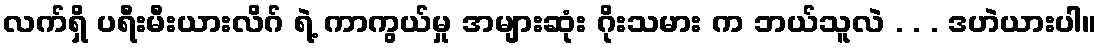
လက်ရှိ ပရီးမီးယားလိဂ် ရဲ့ ကာကွယ်မှု အများဆုံး ဂိုးသမား က ဘယ်သူလဲ . . . ဒဟဲယားပါ။